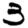
Digit: 3